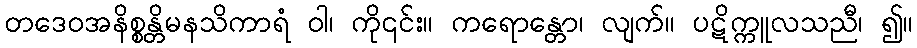
တဒေဝအနိစ္စန္တိမနသိကာရံ ဝါ၊ ကို၎င်း။ ကရောန္တော၊ လျက်။ ပဋိက္ကူလသညီ၊ ၍။